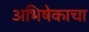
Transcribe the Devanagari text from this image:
अभिषेकाचा